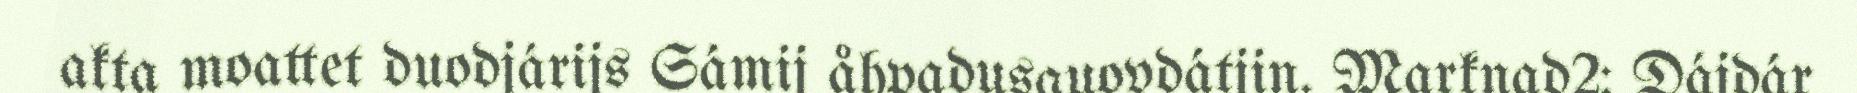
akta moattet duodjárijs Sámij åhpadusguovdátjin. Marknad2: Dájdár